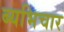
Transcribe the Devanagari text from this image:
ब्यभिचार